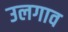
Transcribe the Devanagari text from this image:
उलगाव